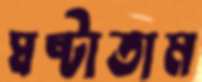
ঘষ্‌টাতাম